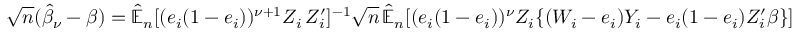
\sqrt { n } ( \widehat { \beta } _ { \nu } - \beta ) = \widehat { \mathbb { E } } _ { n } [ ( e _ { i } ( 1 - e _ { i } ) ) ^ { \nu + 1 } Z _ { i } \, Z _ { i } ^ { \prime } ] ^ { - 1 } \sqrt { n } \, \widehat { \mathbb { E } } _ { n } [ ( e _ { i } ( 1 - e _ { i } ) ) ^ { \nu } Z _ { i } \{ ( W _ { i } - e _ { i } ) Y _ { i } - e _ { i } ( 1 - e _ { i } ) Z _ { i } ^ { \prime } \beta \} ]